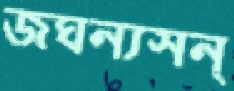
জঘন্যসন্